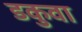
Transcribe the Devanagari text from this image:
डकुवा